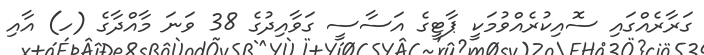
ގަރާރެއްގައި ސޮއިކުރެއްވުމަކީ ޕާޓީގެ އަސާސީ ގަވާއިދުގެ 38 ވަނަ މާއްދާގެ (ހ) އާއި